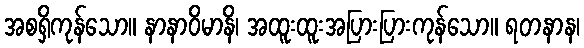
အစရှိကုန်သော။ နာနာဝိမာနိ၊ အထူးထူးအပြားပြားကုန်သော။ ရတနာန၊